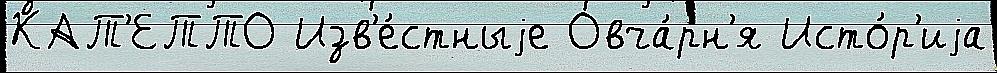
КАТ'ЕТТО Изв'е́стныjе Овча́рн'я Исто́р'иjа